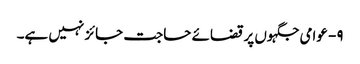
۹- عوامی جگہوں پر قضائے حاجت جائز نہیں ہے۔